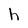
Character: h